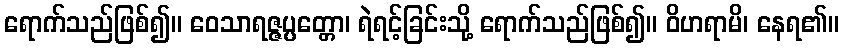
ရောက်သည်ဖြစ်၍။ ဝေသာရဇ္ဇပ္ပတ္တော၊ ရဲရင့်ခြင်းသို့ ရောက်သည်ဖြစ်၍။ ဝိဟရာမိ၊ နေရ၏။